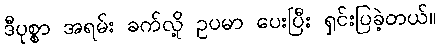
ဒီပုစ္စာ အရမ်း ခက်လို့ ဥပမာ ပေးပြီး ရှင်းပြခဲ့တယ်။